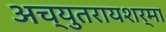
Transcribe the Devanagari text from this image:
अच्युतरायशर्मा